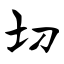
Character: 切